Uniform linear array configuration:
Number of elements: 48
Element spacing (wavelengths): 0.25
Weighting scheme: exponential
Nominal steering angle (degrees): -60
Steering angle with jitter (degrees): -58.116
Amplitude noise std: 0.05
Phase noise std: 0.05

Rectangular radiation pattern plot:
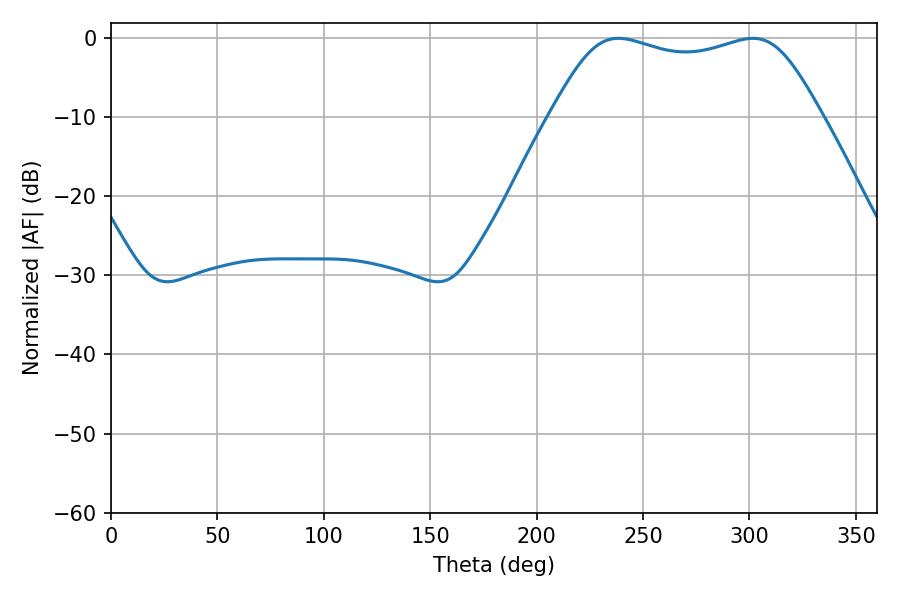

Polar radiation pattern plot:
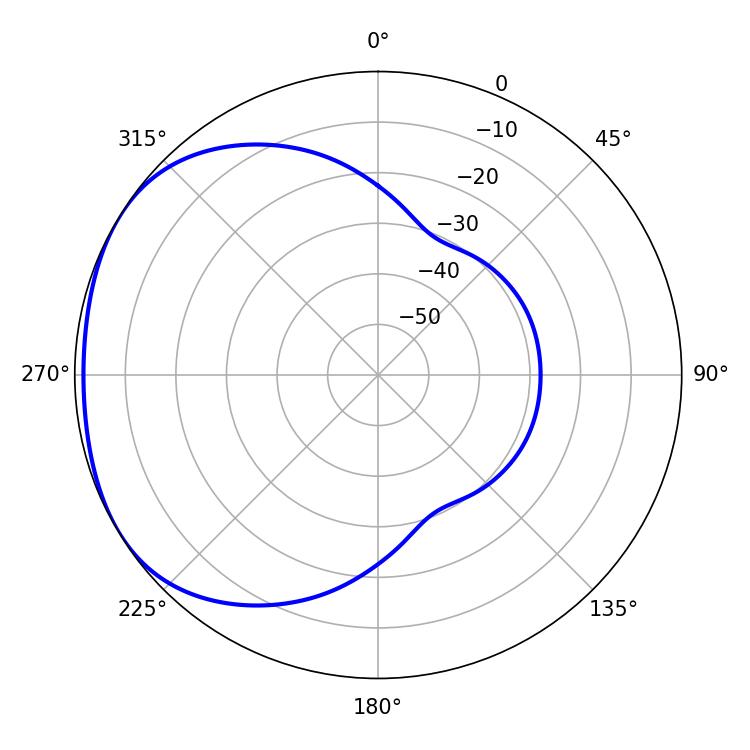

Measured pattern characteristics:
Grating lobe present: FALSE
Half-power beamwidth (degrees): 98.28
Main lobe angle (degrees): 238.5